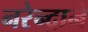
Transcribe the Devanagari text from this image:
नरेन्द्राने